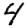
Digit: 4